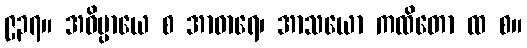
၉၃၇။ အဓိပ္ပာယေ စ အာဓာရေ၊ အာသယော ကထိတော ထ စ။